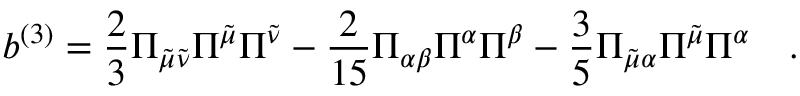
b ^ { ( 3 ) } = \frac { 2 } { 3 } \Pi _ { \tilde { \mu } \tilde { \nu } } \Pi ^ { \tilde { \mu } } \Pi ^ { \tilde { \nu } } - \frac { 2 } { 1 5 } \Pi _ { \alpha \beta } \Pi ^ { \alpha } \Pi ^ { \beta } - \frac { 3 } { 5 } \Pi _ { \tilde { \mu } \alpha } \Pi ^ { \tilde { \mu } } \Pi ^ { \alpha } \quad .